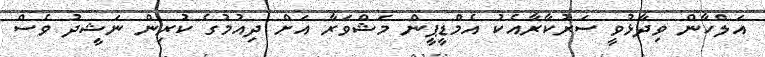
އަލްހާން ވިދާޅުވީ ސަރުކާރާއެކު އެމްޑީޕީން މަޝްވަރާ އަށް ދިއުމުގެ ކުރިން ނަޝީދު ވެސް